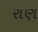
રાણ